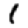
Digit: 1